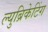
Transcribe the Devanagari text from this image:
ल्युब्रिकेटिंग